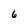
Character: 6